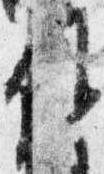
候